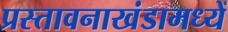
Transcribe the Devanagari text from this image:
प्रस्तावनाखंडामध्यें